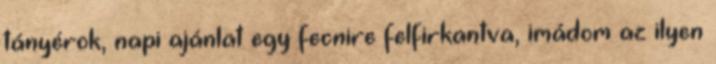
tányérok, napi ajánlat egy fecnire felfirkantva, imádom az ilyen